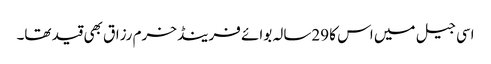
اسی جیل میں اس کا 29سالہ بوائے فرینڈ خرم رزاق بھی قید تھا۔